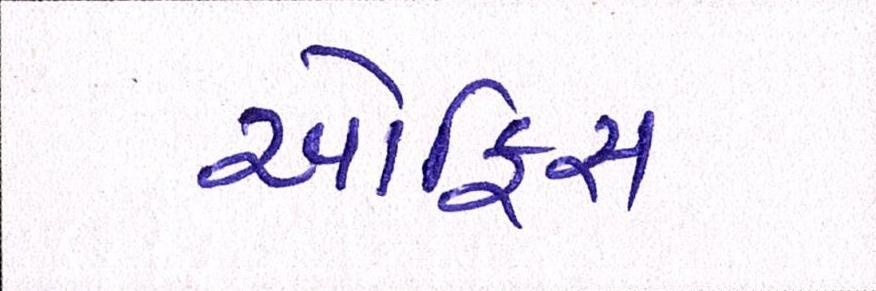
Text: ઑફિસ